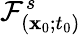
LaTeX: \mathcal{F}_{(\mathbf{x}_{0};t_{0})}^{s}